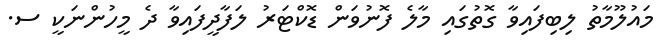
މައުލޫމާތު ލިބިފައިވާ ގޮތުގައި މާލެ ފޮނުވަން ޑޮކްޓަރު ލަފާދީފައިވާ ދެ މީހުންނަކީ ސ.